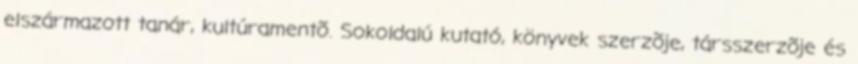
elszármazott tanár, kultúramentõ. Sokoldalú kutató, könyvek szerzõje, társszerzõje és